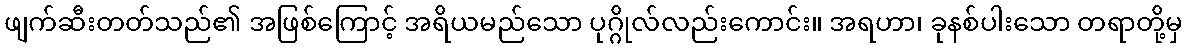
ဖျက်ဆီးတတ်သည်၏ အဖြစ်ကြောင့် အရိယမည်သော ပုဂ္ဂိုလ်လည်းကောင်း။ အရဟာ၊ ခုနစ်ပါးသော တရာတို့မှ